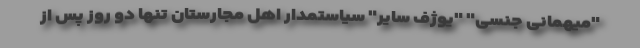
"میهمانی جنسی" "یوژف سایر" سیاستمدار اهل مجارستان تنها دو روز پس از